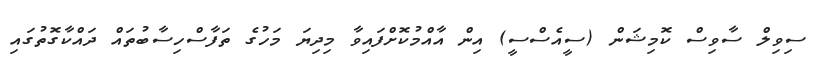
ސިވިލް ސާވިސް ކޮމިޝަން (ސީއެސްސީ) އިން އާއްމުކޮށްފައިވާ މިދިޔަ މަހުގެ ތަފާސްހިސާބުތައް ދައްކާގޮތުގައި